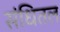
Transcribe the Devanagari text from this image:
संधितल